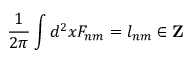
\frac 1 { 2 \pi } \int d ^ { 2 } x F _ { n m } = l _ { n m } \in { \bf Z }